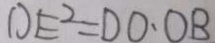
D E ^ { 2 } = D O \cdot O B